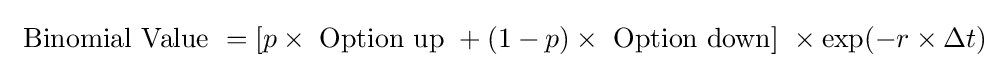
{\text{ Binomial Value }}=[p\times {\text{ Option up }}+(1-p)\times {\text{ Option down] }}\times \exp(-r\times \Delta t)